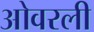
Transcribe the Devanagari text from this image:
ओवरली